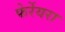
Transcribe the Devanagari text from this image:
फेर्रेयरा